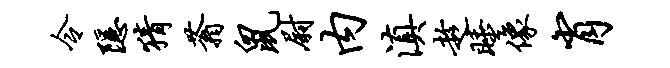
令隐猜蓊鼠尉内滇趁睡像肖